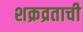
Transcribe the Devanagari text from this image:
शक्रव्रताची